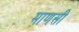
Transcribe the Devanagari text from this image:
माणसी